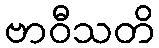
ဗာဝီသတိ